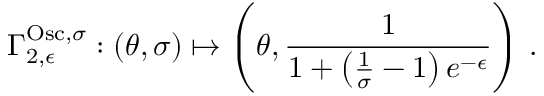
\Gamma _ { 2 , \epsilon } ^ { \mathrm { O s c } , \sigma } : ( \theta , \sigma ) \mapsto \left( \theta , \frac { 1 } { 1 + \left( \frac { 1 } { \sigma } - 1 \right) e ^ { - \epsilon } } \right) \, .